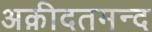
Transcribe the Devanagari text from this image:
अक़ीदतमन्द